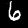
Digit: 6